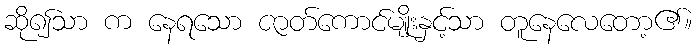
ဆို၍သာ က နေရသော ဇာတ်ကောင်မျိုးနှင့်သာ တူနေလေတော့၏။